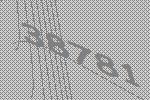
38781